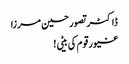
ڈاکٹر تصور حسین مرزا
غیور قوم کی بیٹی !